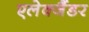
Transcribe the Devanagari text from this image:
एलेक्जैंडर